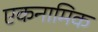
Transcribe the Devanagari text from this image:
एकनामिक